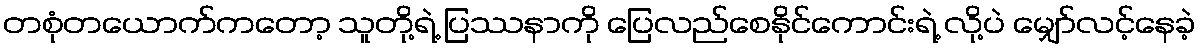
တစုံတယောက်ကတော့ သူတို့ရဲ့ ပြဿနာကို ပြေလည်စေနိုင်ကောင်းရဲ့ လို့ပဲ မျှော်လင့်နေခဲ့